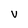
Character: V